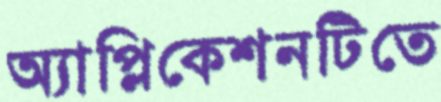
অ্যাপ্লিকেশনটিতে